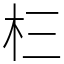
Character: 㭅